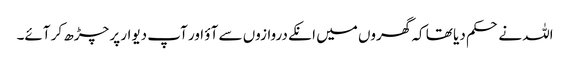
اللہ نے حکم دیا تھا کہ گھروں میں انکے دروازوں سے آؤ اور آپ دیوار پر چڑھ کر آئے۔